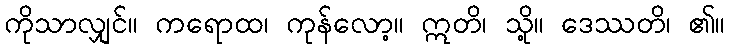
ကိုသာလျှင်။ ကရောထ၊ ကုန်လော့။ ဣတိ၊ သို့။ ဒေဿတိ၊ ၏။